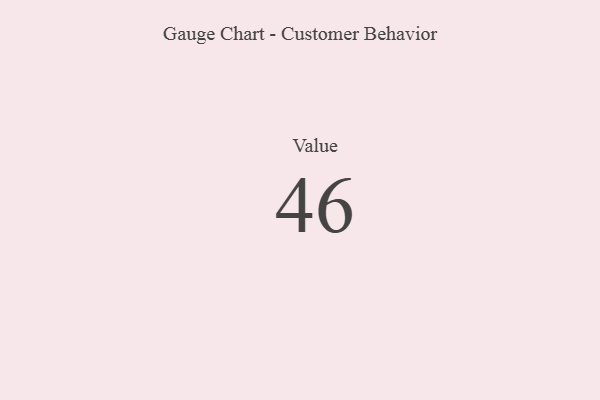
{"axis": {"x": "Metric", "y": "Value"}, "legend": [""], "data": [{"x": "Value", "y": 46, "type": ""}]}